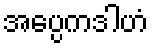
အပ္ပေကဒါဟံ